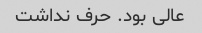
عالی بود. حرف نداشت